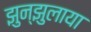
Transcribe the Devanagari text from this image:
झुन्झुलाया